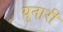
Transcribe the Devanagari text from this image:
यूनारी